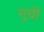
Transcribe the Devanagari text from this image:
गुची